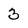
Character: 3